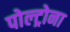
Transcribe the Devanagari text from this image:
पोल्ट्रोना